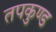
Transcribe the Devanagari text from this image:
तपकुण्ड